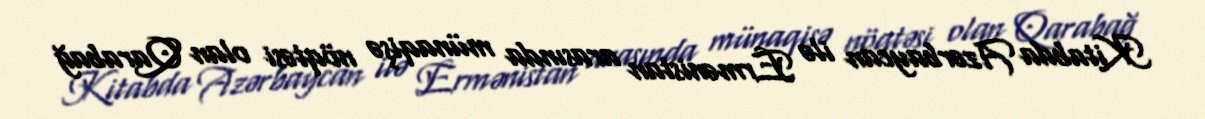
Kitabda Azərbaycan ilə Ermənistan arasında münaqişə nöqtəsi olan Qarabağ